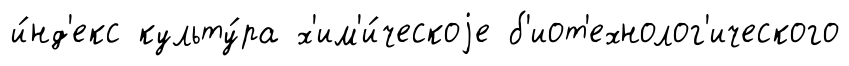
и́нд'екс культу́ра х'им'и́ческоjе б'иот'ехнолог'ического